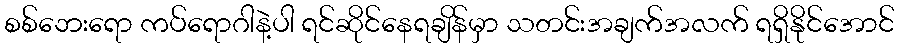
စစ်ဘေးရော ကပ်ရောဂါနဲ့ပါ ရင်ဆိုင်နေရချိန်မှာ သတင်းအချက်အလက် ရရှိနိုင်အောင်